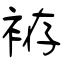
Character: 袸